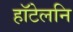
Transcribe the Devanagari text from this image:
हॉटेलनि